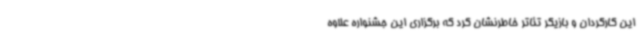
این کارگردان و بازیگر تئاتر خاطرنشان کرد که برگزاری این جشنواره علاوه